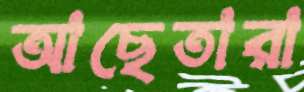
আছেতারা